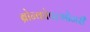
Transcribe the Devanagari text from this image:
ब्रोन्कोपल्मोनरी